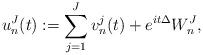
LaTeX: \begin{align*}{u}^J_n(t) := \sum_{j=1}^J v_n^j(t) + e^{it\Delta} W_n^J,\end{align*}